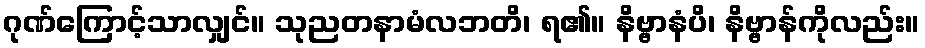
ဂုဏ်ကြောင့်သာလျှင်။ သုညတနာမံလဘတိ၊ ရ၏။ နိဗ္ဗာနံပိ၊ နိဗ္ဗာန်ကိုလည်း။